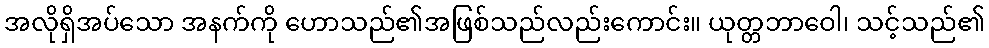
အလိုရှိအပ်သော အနက်ကို ဟောသည်၏အဖြစ်သည်လည်းကောင်း။ ယုတ္တဘာဝေါ၊ သင့်သည်၏